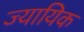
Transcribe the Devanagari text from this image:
ज्यायिक